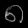
Digit: ၈